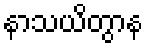
နာသယိတွာန